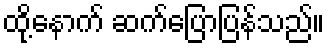
ထို့နောက် ဆက်ပြောပြန်သည်။